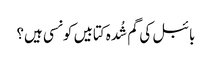
بائبل کی گم شُدہ کتابیں کونسی ہیں؟